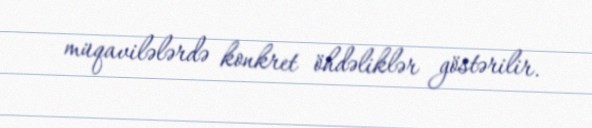
müqavilələrdə konkret öhdəliklər göstərilir.